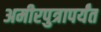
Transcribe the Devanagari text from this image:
अमीरपुत्रापर्यंत